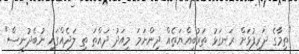
"ތިމާގެ ދަރިފުޅަށް ރަނގަޅު ތަރުބިއްޔަތެއް ދިންނަމަ މިއަދު ދައްތަ ތި ލަދެއްގައި ނުބެދުނީސް"